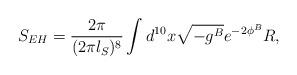
LaTeX: \begin{align*}{S_{EH} = {2\pi \over (2\pi l_S)^8} \int d^{10} x \sqrt{-g^{B}} e^{-2\phi^B} R ,}\end{align*}